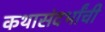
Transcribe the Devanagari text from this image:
कथासंदर्भांची